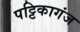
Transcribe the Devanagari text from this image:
पट्टिकागंज